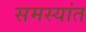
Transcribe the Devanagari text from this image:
समस्यांत